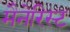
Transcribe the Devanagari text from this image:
मैनेरिस्ट